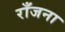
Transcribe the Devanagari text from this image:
राँजना